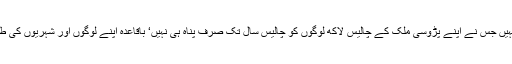
دنیا میں کوئی دوسرا ایسا ملک نہیں جس نے اپنے پڑوسی ملک کے چالیس لاکھ لوگوں کو چالیس سال تک صرف پناہ ہی نہیں‘ باقاعدہ اپنے لوگوں اور شہریوں کی طرح آزادی اور سہولیات دی ہوں۔